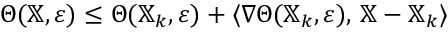
\Theta ( \mathbb { X } , \varepsilon ) \leq \Theta ( \mathbb { X } _ { k } , \varepsilon ) + \langle \nabla \Theta ( \mathbb { X } _ { k } , \varepsilon ) , \, \mathbb { X } - \mathbb { X } _ { k } \rangle